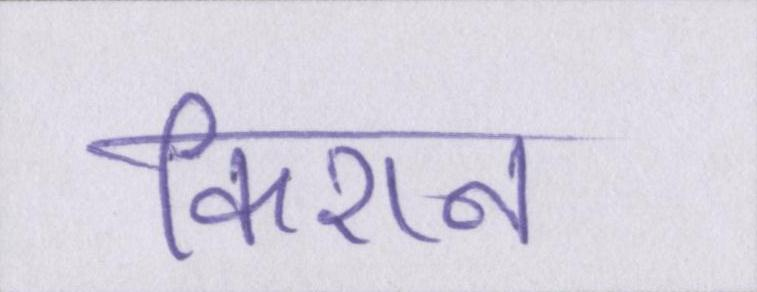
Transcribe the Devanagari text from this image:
किशन